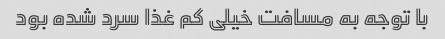
با توجه به مسافت خیلی کم غذا سرد شده بود